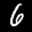
Label: 6